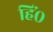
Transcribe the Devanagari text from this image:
हिं०